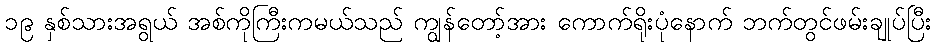
၁၉ နှစ်သားအရွယ် အစ်ကိုကြီးကမယ်သည် ကျွန်တော့်အား ကောက်ရိုးပုံနောက် ဘက်တွင်ဖမ်းချုပ်ပြီး